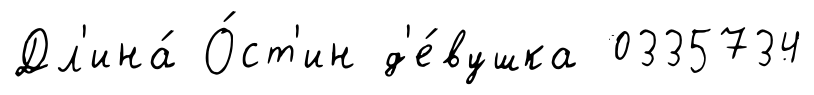
Дл'ина́ О́ст'ин д'е́вушка 0335734